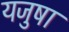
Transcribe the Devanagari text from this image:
यजुषा